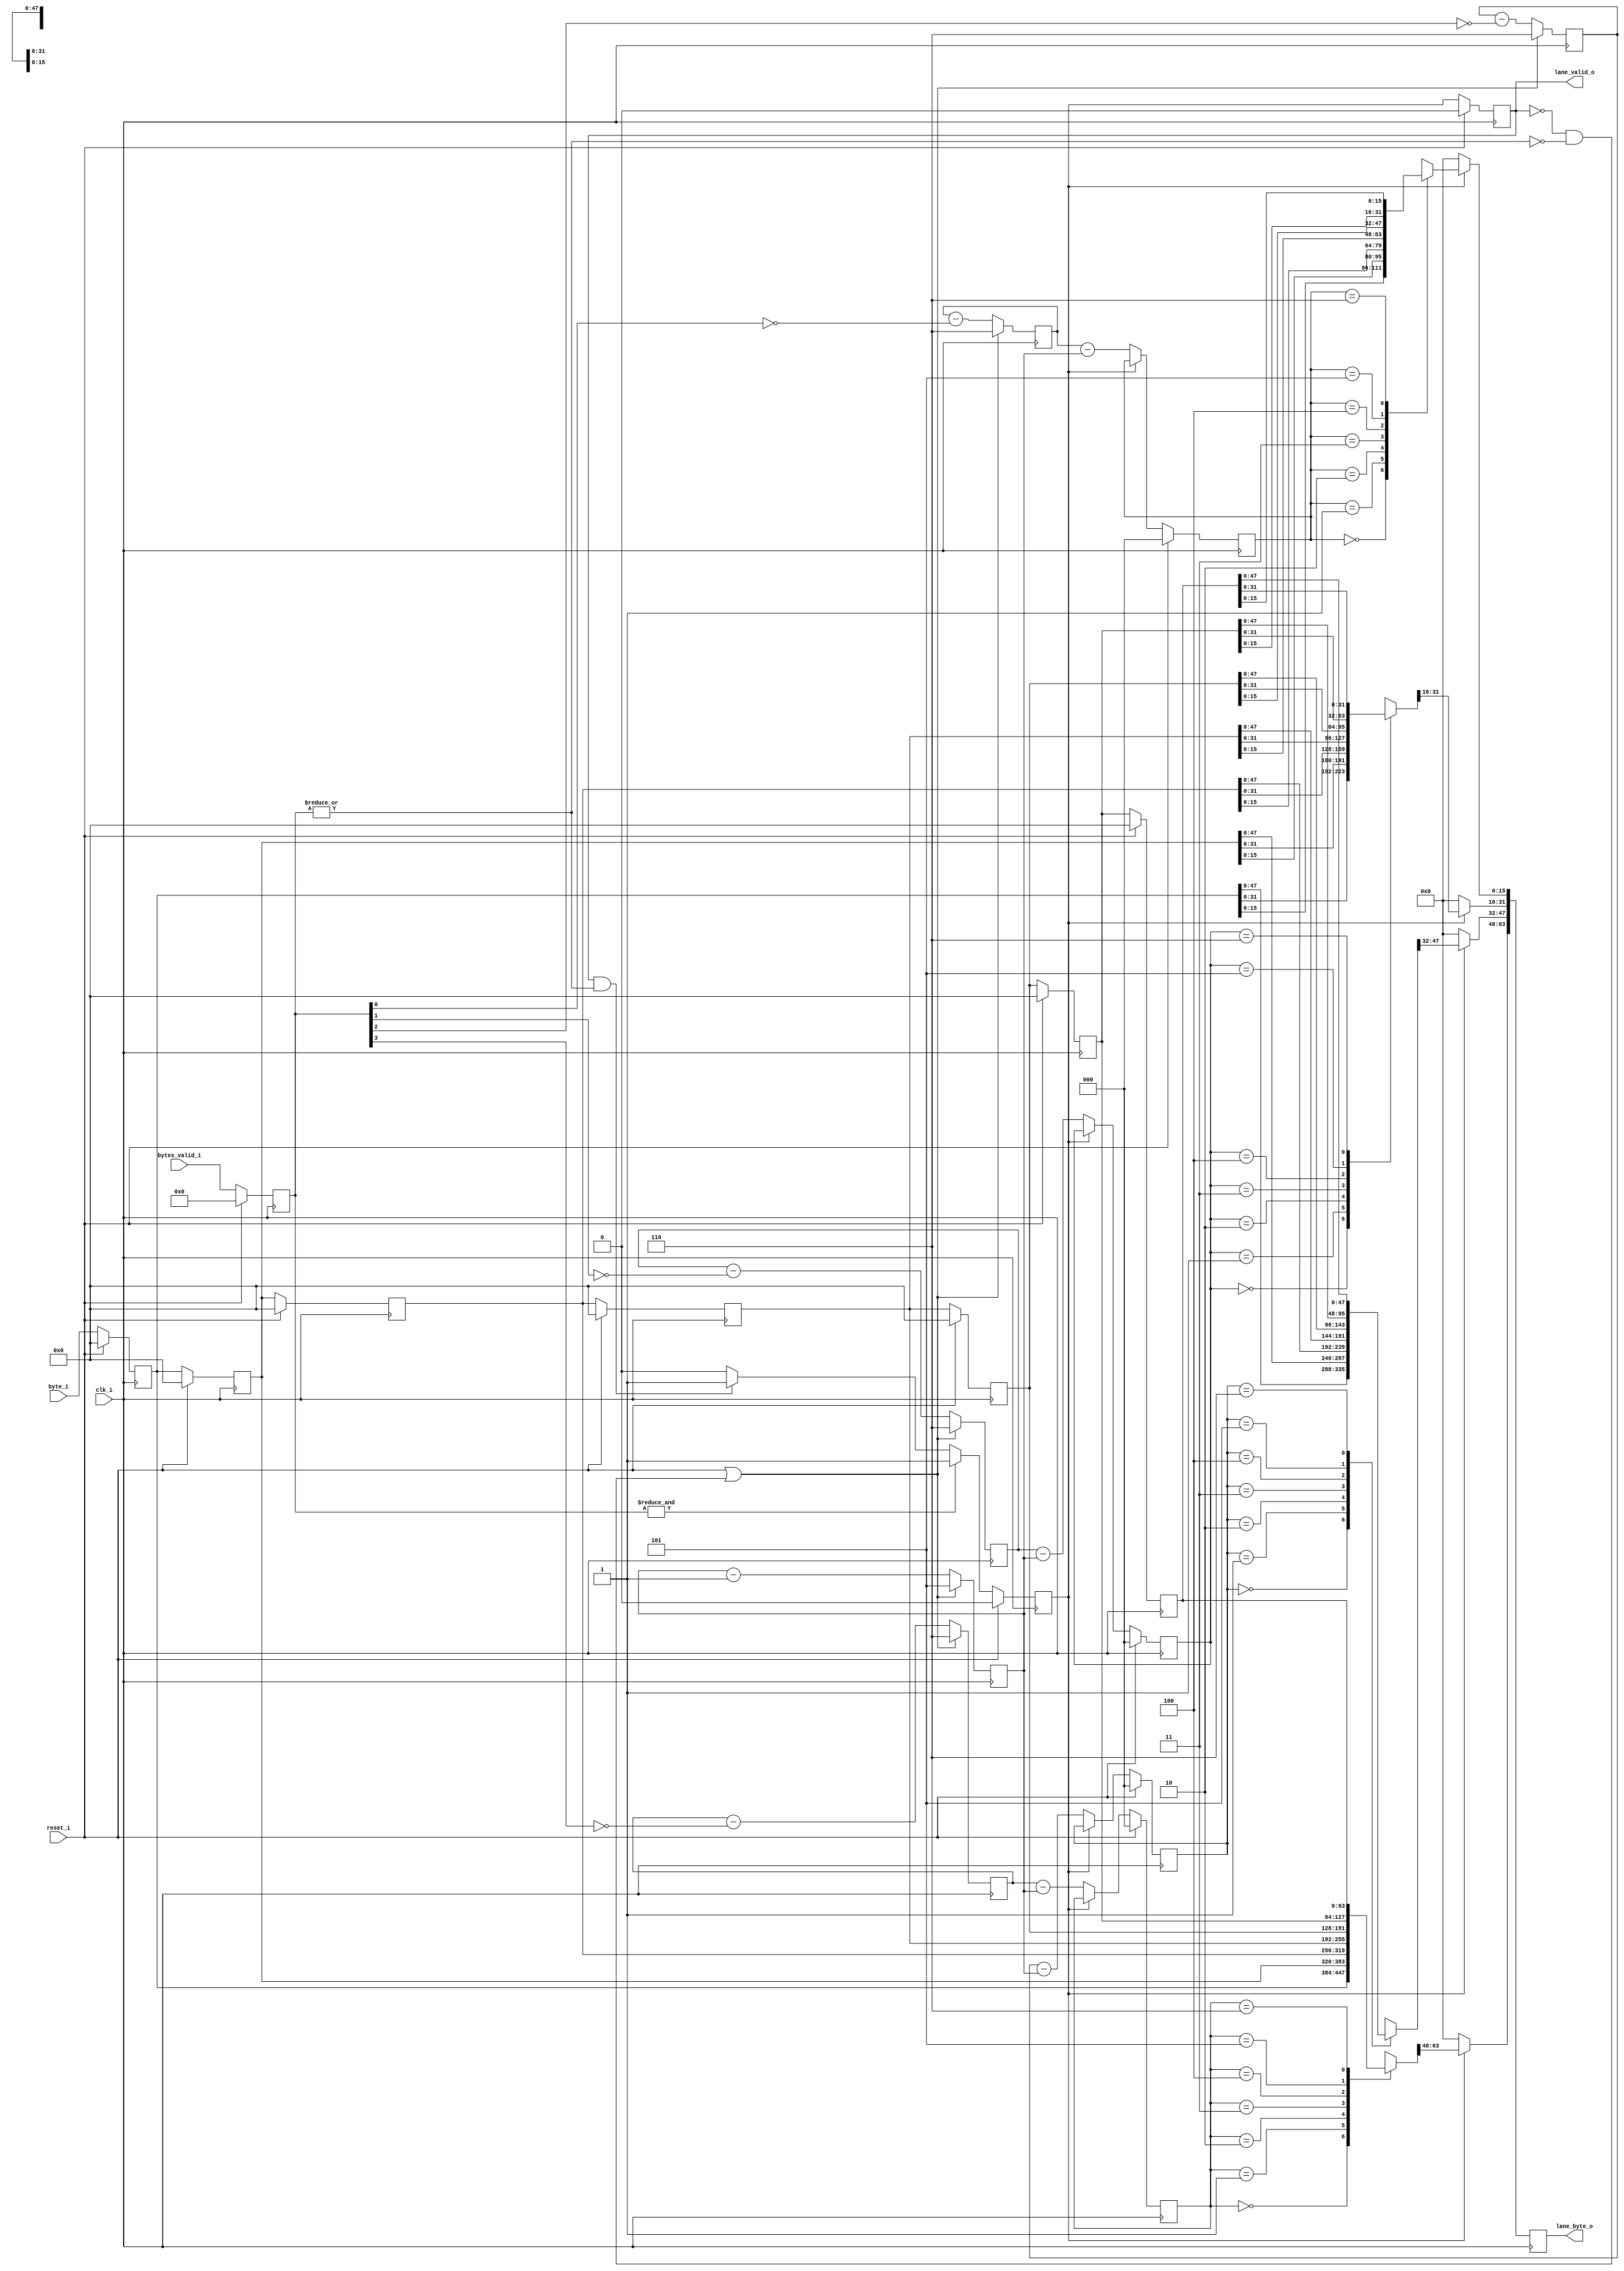
`timescale 1ns/1ns


module mipi_csi_rx_lane_aligner	#(parameter MIPI_GEAR=16, parameter MIPI_LANES=4)(	clk_i,
							reset_i,
							bytes_valid_i,
							byte_i,
							lane_valid_o,
							lane_byte_o);

input reset_i;
		
localparam [3:0]ALIGN_DEPTH = 4'h7; //how many byte misalignment is allowed, whole package length must be also longer than this 


input clk_i;
input [(MIPI_LANES-1):0]bytes_valid_i;
input [((MIPI_GEAR * MIPI_LANES)-1):0]byte_i;
output reg [((MIPI_GEAR * MIPI_LANES)-1):0]lane_byte_o;
output reg lane_valid_o;


reg [(MIPI_GEAR * MIPI_LANES)-1:0]last_bytes[(ALIGN_DEPTH-1):0];
reg [2:0]sync_byte_index[(MIPI_LANES-1):0];
reg [2:0]sync_byte_index_reg[(MIPI_LANES-1):0];
reg [2:0]offset;

reg [(MIPI_LANES-1):0]valid;
reg lane_valid_reg;
reg [3:0]i;

// TODO: Find why async reset with !(|bytes_valid_i) cause whole system reset;

always @(posedge clk_i)
begin
	//only output when output is valid, 
	for (i= 0; i <MIPI_LANES; i = i + 1'h1)
		begin
			lane_byte_o[(i*MIPI_GEAR) +:MIPI_GEAR] = lane_valid_reg? last_bytes[sync_byte_index_reg[i]][ (i* MIPI_GEAR) +:MIPI_GEAR]: 0;
		end

end 

always @(posedge clk_i) 
begin
	if (reset_i )
	begin
		for (i= 0; i < ALIGN_DEPTH; i = i + 1'h1)
		begin
			last_bytes[i] <= 16'h0;
		end
	end
	else
	begin
				
		last_bytes[0] <= byte_i;
		
		for (i= 1; i < (ALIGN_DEPTH); i = i + 1'h1)
		begin
			last_bytes[i] <= last_bytes[i-1'h1];
		end

	end
end


always @(posedge clk_i)
begin
	if (reset_i )
	begin
		valid <= 0;
	end
	else
	begin
		valid <= bytes_valid_i;
	end
end

always @(posedge clk_i ) 
begin
	if (reset_i || ((!lane_valid_o) && (!(|valid)))) //always reset when lane_valid_o is active
	begin		
		for (i= 0; i <MIPI_LANES; i = i + 1'h1)
		begin
			sync_byte_index[i] <= ALIGN_DEPTH - 1'b1;
		end
		offset <=  ALIGN_DEPTH - 2'h2;
	end
	else
	begin
		offset <= offset - 1'b1;
		for (i= 0; i < MIPI_LANES; i = i + 1'h1)			
		begin	
			sync_byte_index[i] <= sync_byte_index[i] - !valid[i]; //count delay of each sync, first one will be 0 delay, last one will max
		end	
	end
end


always @(posedge clk_i)
begin
	if (reset_i)
	begin
		for (i= 0; i < MIPI_LANES; i = i + 1'h1)			
		begin	
			sync_byte_index_reg[i] <= 3'h0;
		end	
		lane_valid_o <= 1'h0;
		lane_valid_reg <= 1'h0;
	end
	else
	begin
		lane_valid_reg <=( &valid)? 1'h1:(lane_valid_o && |valid)? 1'h1 : 1'h0; //one clock delay to the last packet and once active keep active even if one of the valid is high
		lane_valid_o <= lane_valid_reg;
		if (!lane_valid_reg)
		begin
			for (i= 0; i < MIPI_LANES; i = i + 1'h1)			
			begin	
				sync_byte_index_reg[i] <= sync_byte_index[i] - offset;
			end	
		end
	end
end

endmodule